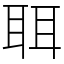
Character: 聑